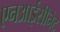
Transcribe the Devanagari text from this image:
एनआईसीनेट